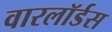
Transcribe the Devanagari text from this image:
वारलॉर्डस